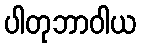
ပါတုဘာဝါယ